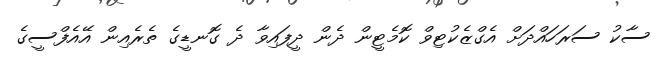
ސާކު ސަރަހައްދަށް އެގްޒެކުޓިވް ކޮމެޓީން ދެން ދީފައިވާ ދެ ގޮނޑީގެ ތެރެއިން އޭއެފްސީގެ